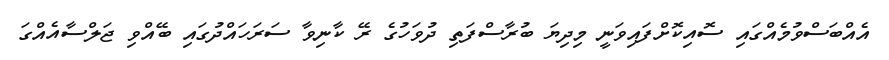
އެއްބަސްވުމެއްގައި ސޮއިކޮށްފައިވަނީ މިދިޔަ ބުރާސްފަތި ދުވަހުގެ ރޭ ކާނިވާ ސަރަހައްދުގައި ބޭއްވި ޖަލްސާއެއްގަ